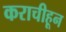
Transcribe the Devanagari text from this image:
कराचीहून